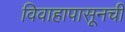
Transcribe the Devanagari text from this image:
विवाहापासूनची